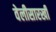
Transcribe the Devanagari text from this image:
वेलीसारखी